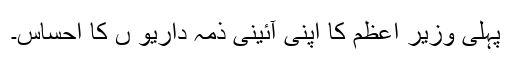
پہلی وزیرِ اعظم کا اپنی آئینی ذمہ داریو ں کا احساس۔